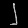
Digit: ၂